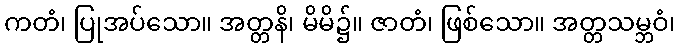
ကတံ၊ ပြုအပ်သော။ အတ္တနိ၊ မိမိ၌။ ဇာတံ၊ ဖြစ်သော။ အတ္တသမ္ဘဝံ၊